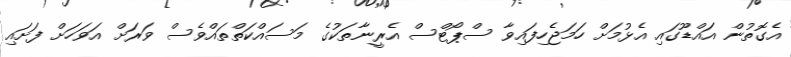
އެގޮތުން އައްޑޫގައި އެޅުމަށް ހަމަޖެހިފައިވާ ސްޕޯޓްސް އެރީނާތަކުގެ މަސައްކަތްތައްވެސް ވަރަށް އަވަހަށް ފަށައި